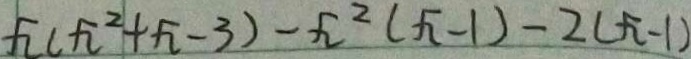
x ( x ^ { 2 } + x - 3 ) - x ^ { 2 } ( x - 1 ) - 2 ( x - 1 )